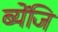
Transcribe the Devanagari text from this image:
ब्येंजि